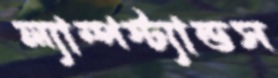
ল্যাম্পস্ট্যান্ডস